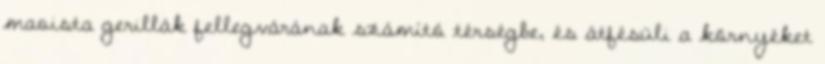
maoista gerillák fellegvárának számító térségbe, és átfésüli a környéket